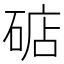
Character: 𱴗